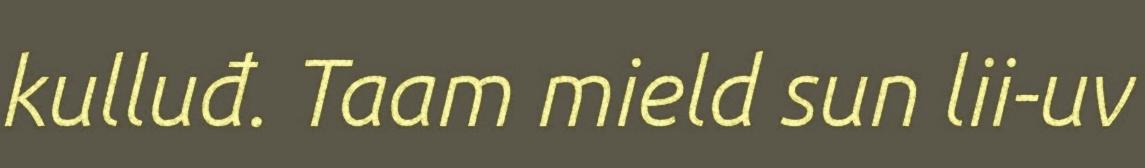
kulluđ. Taam mield sun lii-uv